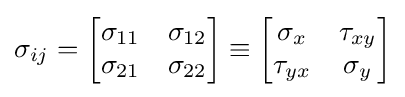
\sigma _{ij}={\begin{bmatrix}\sigma _{11}&\sigma _{12}\\\sigma _{21}&\sigma _{22}\end{bmatrix}}\equiv {\begin{bmatrix}\sigma _{x}&\tau _{xy}\\\tau _{yx}&\sigma _{y}\end{bmatrix}}